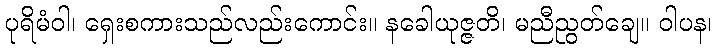
ပုရိမံဝါ၊ ရှေးစကားသည်လည်းကောင်း။ နခေါယုဇ္ဇတိ၊ မညီညွတ်ချေ။ ဝါပန၊